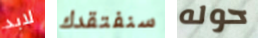
لابد سنفتقدك حوله